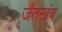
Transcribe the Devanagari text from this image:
जैतखंब